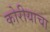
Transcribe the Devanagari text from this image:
कोरीयाचा